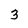
Character: 3